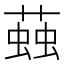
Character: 𧏊